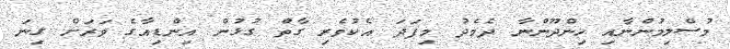
މުސްލިމުންނާއި ހިންދޫންނާ ދެމެދު މިފަދަ އެކުވެރި ގާތް ގުޅުން އިންޑިއާގެ ވަރަށް ގިނަ